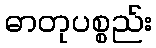
ဓာတုပစ္စည်း